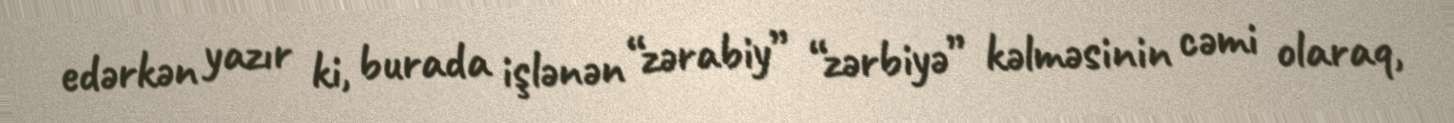
edərkən yazır ki, burada işlənən “zərabiy” “zərbiyə” kəlməsinin cəmi olaraq,